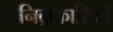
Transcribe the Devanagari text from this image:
निद्राकारियों